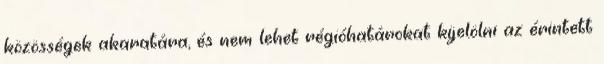
közösségek akaratára, és nem lehet régióhatárokat kijelölni az érintett